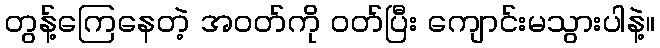
တွန့်ကြေနေတဲ့ အဝတ်ကို ဝတ်ပြီး ကျောင်းမသွားပါနဲ့။